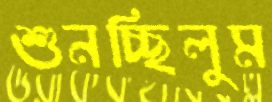
শুনচ্ছিলুম